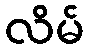
လိမ်